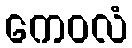
ကေဝလံ